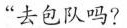
“去包队吗?